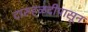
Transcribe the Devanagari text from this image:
दारुहळदीपासून